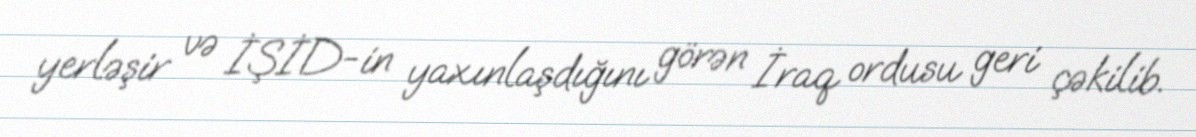
yerləşir və İŞİD-in yaxınlaşdığını görən İraq ordusu geri çəkilib.